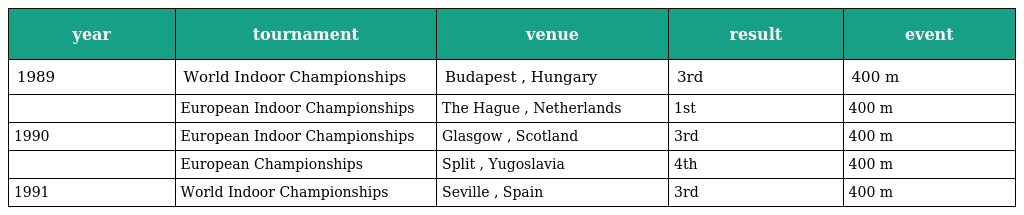
| year | tournament | venue | result | event |
 | --- | --- | --- | --- | --- |
 | 1989 | World Indoor Championships | Budapest , Hungary | 3rd | 400 m |
 |  | European Indoor Championships | The Hague , Netherlands | 1st | 400 m |
 | 1990 | European Indoor Championships | Glasgow , Scotland | 3rd | 400 m |
 |  | European Championships | Split , Yugoslavia | 4th | 400 m |
 | 1991 | World Indoor Championships | Seville , Spain | 3rd | 400 m |